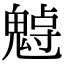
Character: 𩳨